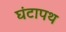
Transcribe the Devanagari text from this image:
घंटापथ